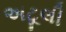
અટૂલી